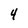
Character: 4